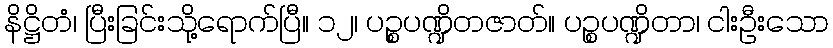
နိဋ္ဌိတံ၊ ပြီးခြင်းသို့ရောက်ပြီ။ ၁၂၊ ပဉ္စပဏ္ဍိတဇာတ်။ ပဉ္စပဏ္ဍိတာ၊ ငါးဦးသော